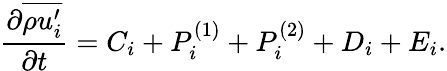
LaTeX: \frac{\partial\overline{{\rho u_{i}^{\prime}}}}{\partial t}=C_{i}+P_{i}^{(1)}+P_{i}^{(2)}+D_{i}+E_{i}.